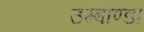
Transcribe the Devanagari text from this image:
उम्बाण्डा